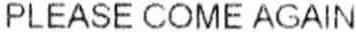
PLEASE COME AGAIN